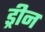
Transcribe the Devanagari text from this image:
ड्रीन